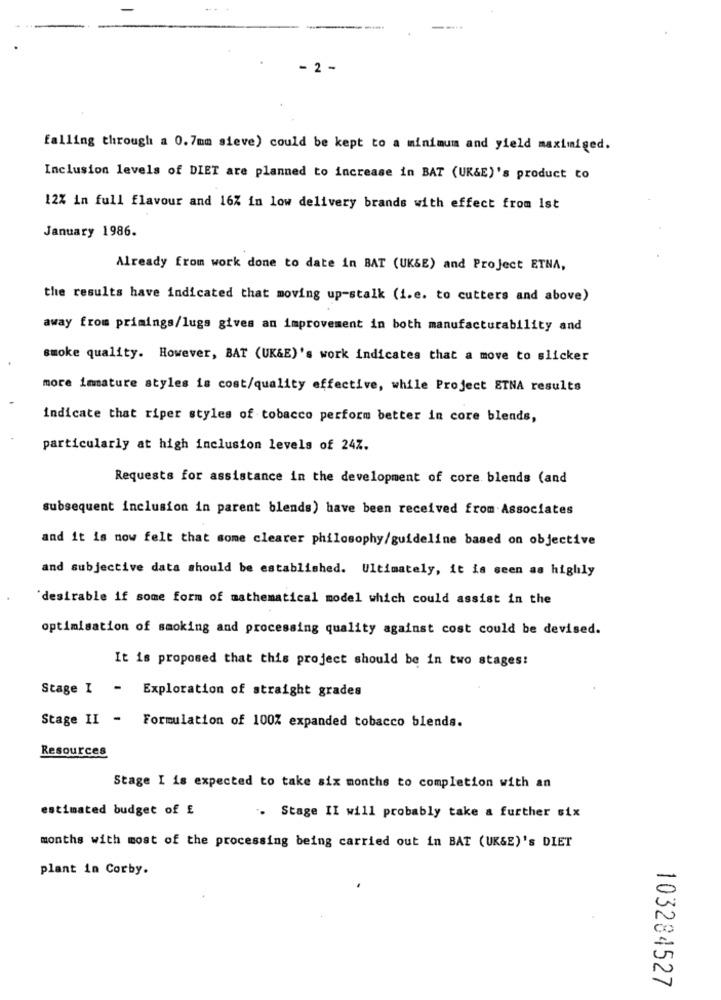
- 2 -
falling through a 0.7mm sieve) could be kept to a minimum and yield maximiged.
Inclusion levels of DIET are planned to increase in BAT (UK&E)'s product to
12% in full flavour and 16% in low delivery brands with effect from Ist
January 1986.
Already from work done to date in BAT (UK&E) and Project ETNA,
the results have indicated that moving up-stalk (i.e. to cutters and above)
away from primings/lugs gives an improvement in both manufacturability and
smoke quality. However, BAT (UK&E)'s work indicates that a move to slicker
more immature styles is cost/quality effective, while Project ETNA results
indicate that riper styles of tobacco perform better in core blends,
particularly at high inclusion levels of 247.
Requests for assistance in the development of core blends (and
subsequent inclusion in parent blends) have been received from Associates
and it is now felt that some clearer philosophy/guideline based on objective
and subjective data should be established. Ultimately, it is seen as highly
desirable if some form of mathematical model which could assist in the
optimisation of smoking and processing quality against cost could be devised.
It is proposed that this project should be in two stages:
Stage I - Exploration of straight grades
Stage II - Formulation of 100% expanded tobacco blends.
Resources
Stage I is expected to take six months to completion with an
estimated budget of £
. Stage II will probably take a further six
months with most of the processing being carried out in BAT (UK&E)'s DIET
plant in Corby.
0
v
co
103284527